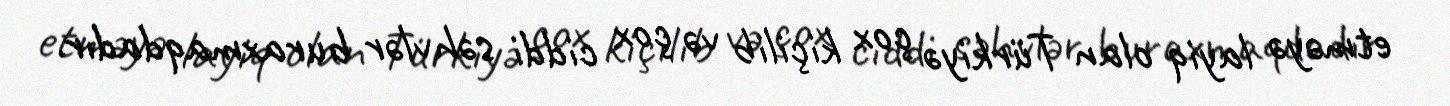
etməyə layiq olan Türkiyə çox kiçilib və çox ciddi səhvlər buraxmaqdadır.